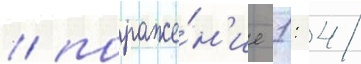
/ пораже́н'ие 1: 4